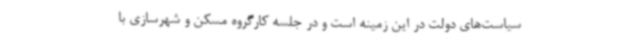
سیاست‌های دولت در این زمینه است و در جلسه کارگروه مسکن و شهرسازی با